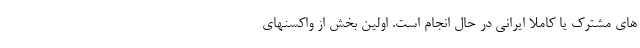
های مشترک یا کاملا ایرانی در حال انجام است. اولین بخش از واکسنهای